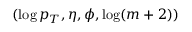
( \log p _ { T } , \eta , \phi , \log ( m + 2 ) )